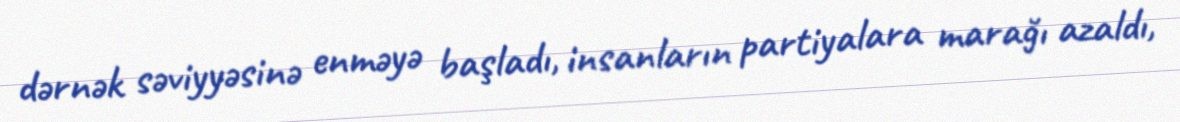
dərnək səviyyəsinə enməyə başladı, insanların partiyalara marağı azaldı,